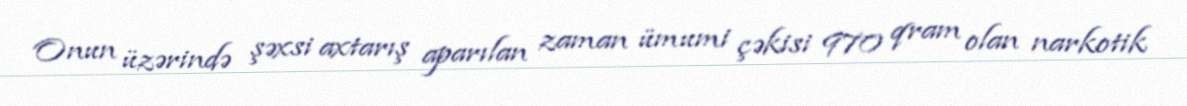
Onun üzərində şəxsi axtarış aparılan zaman ümumi çəkisi 970 qram olan narkotik